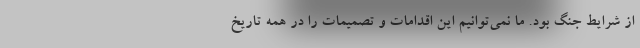
از شرایط جنگ بود. ما نمی‌توانیم این اقدامات و تصمیمات را در همه تاریخ